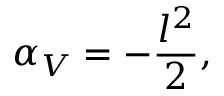
\alpha _ { V } = - \frac { l ^ { 2 } } { 2 } , \; \;